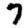
Digit: 7